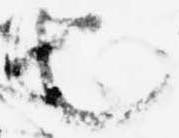
也